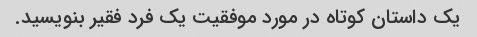
یک داستان کوتاه در مورد موفقیت یک فرد فقیر بنویسید.